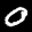
Label: 0